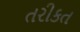
તરીકત